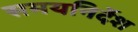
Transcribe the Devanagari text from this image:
समयनिर्देश